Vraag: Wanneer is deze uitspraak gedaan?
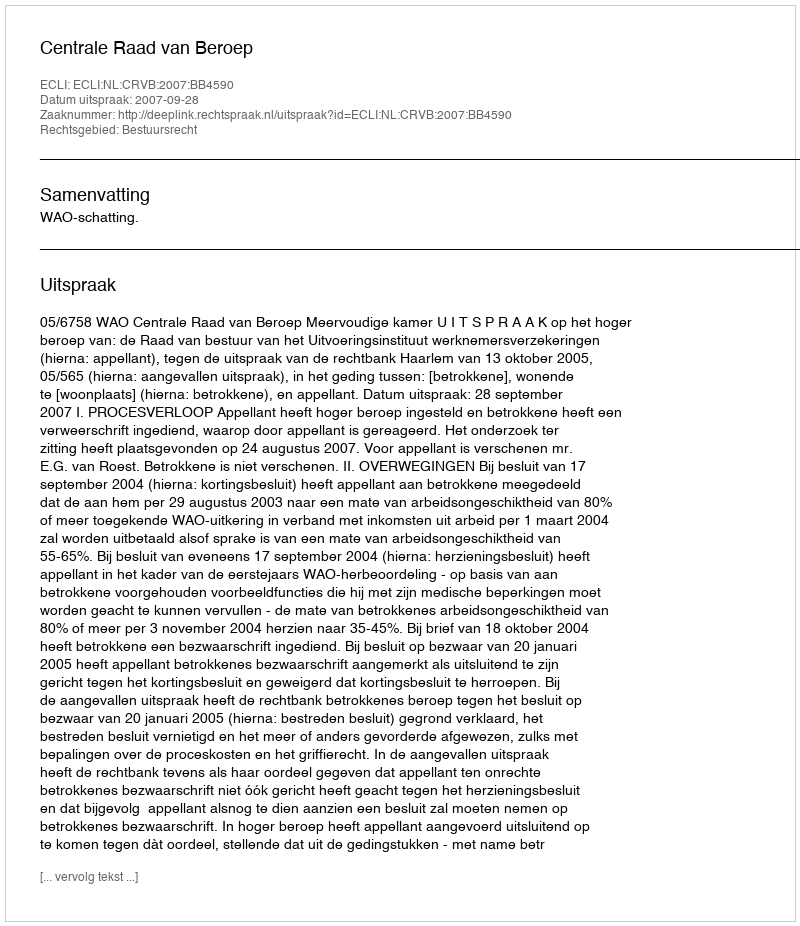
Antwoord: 2007-09-28